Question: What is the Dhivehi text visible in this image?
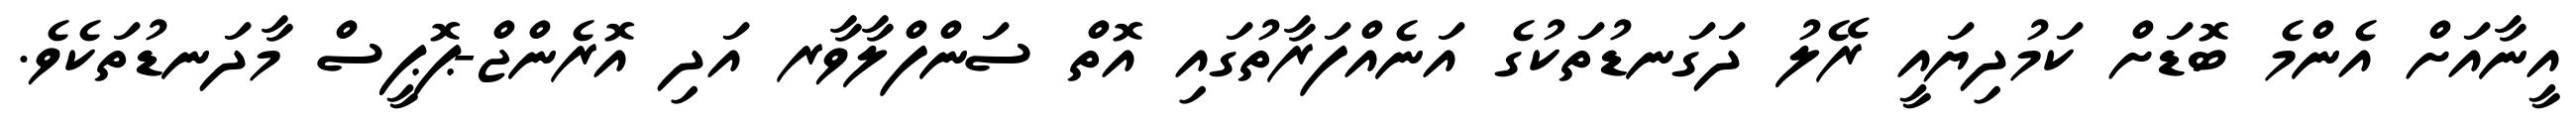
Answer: އީނާއަށް އެންމެ ބޮޑަށް ކަމުދިޔައީ ރޭލު ދަގަނޑުތަކުގެ އަނެއްފަރާތުގައި އޮތް ސަންފްލާވާރ އަދި އޮރެންޖް-ޕޮޕީސް މާދަނޑުތަކެވެ.